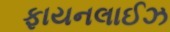
ફાયનલાઈઝ